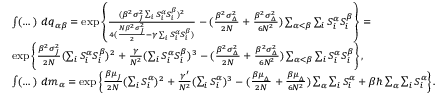
{ \footnotesize \begin{array} { r l } & { \int ( \dots ) \ d q _ { \alpha \beta } = \exp \left\{ \frac { ( \beta ^ { 2 } \sigma _ { _ { J } } ^ { 2 } \sum _ { i } S _ { i } ^ { \alpha } S _ { i } ^ { \beta } ) ^ { 2 } } { 4 ( \frac { N \beta ^ { 2 } \sigma _ { _ { J } } ^ { 2 } } { 2 } - \gamma \sum _ { i } S _ { i } ^ { \alpha } S _ { i } ^ { \beta } ) } - ( \frac { \beta ^ { 2 } \sigma _ { _ { \Delta } } ^ { 2 } } { 2 N } + \frac { \beta ^ { 2 } \sigma _ { _ { \Delta } } ^ { 2 } } { 6 N ^ { 2 } } ) \sum _ { \alpha < \beta } \sum _ { i } S _ { i } ^ { \alpha } S _ { i } ^ { \beta } \right\} = } \\ & { \exp \left\{ \frac { \beta ^ { 2 } \sigma _ { _ { J } } ^ { 2 } } { 2 N } ( \sum _ { i } S _ { i } ^ { \alpha } S _ { i } ^ { \beta } ) ^ { 2 } + \frac { \gamma } { N ^ { 2 } } ( \sum _ { i } S _ { i } ^ { \alpha } S _ { i } ^ { \beta } ) ^ { 3 } - ( \frac { \beta ^ { 2 } \sigma _ { _ { \Delta } } ^ { 2 } } { 2 N } + \frac { \beta ^ { 2 } \sigma _ { _ { \Delta } } ^ { 2 } } { 6 N ^ { 2 } } ) \sum _ { \alpha < \beta } \sum _ { i } S _ { i } ^ { \alpha } S _ { i } ^ { \beta } \right\} , } \\ & { \int ( \dots ) \ d m _ { \alpha } = \exp \left\{ \frac { \beta \mu _ { _ { J } } } { 2 N } ( \sum _ { i } S _ { i } ^ { \alpha } ) ^ { 2 } + \frac { \gamma ^ { \prime } } { N ^ { 2 } } ( \sum _ { i } S _ { i } ^ { \alpha } ) ^ { 3 } - ( \frac { \beta \mu _ { _ { \Delta } } } { 2 N } + \frac { \beta \mu _ { _ { \Delta } } } { 6 N ^ { 2 } } ) \sum _ { \alpha } \sum _ { i } S _ { i } ^ { \alpha } + \beta h \sum _ { \alpha } \sum _ { i } S _ { i } ^ { \alpha } \right\} . } \end{array} }